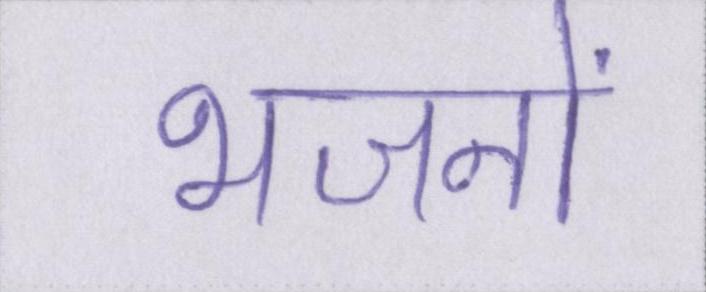
भजनों